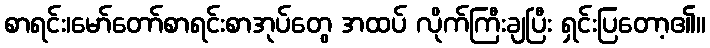
စာရင်း၊မော်တော်စာရင်းစာအုပ်တွေ အထပ် လိုက်ကြီးချပြီး ရှင်းပြတော့၏။